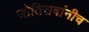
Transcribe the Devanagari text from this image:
जोतिरावांनीच